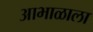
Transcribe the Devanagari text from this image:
आभाळाला